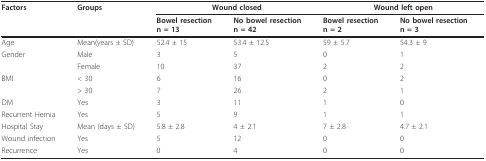
<table><thead><tr><td><b>Factors</b></td><td><b>Groups</b></td><td colspan="2"><b>Wound closed</b></td><td colspan="2"><b>Wound left open</b></td></tr><tr><td></td><td></td><td><b>Bowel resectionn = 13</b></td><td><b>No bowel resectionn = 42</b></td><td><b>Bowel resectionn = 2</b></td><td><b>No bowel resectionn = 3</b></td></tr></thead><tbody><tr><td>Age</td><td>Mean(years ± SD)</td><td>52.4 ± 15</td><td>53.4 ± 12.5</td><td>59 ± 5.7</td><td>54.3 ± 9</td></tr><tr><td>Gender</td><td>Male</td><td>3</td><td>5</td><td>0</td><td>1</td></tr><tr><td></td><td>Female</td><td>10</td><td>37</td><td>2</td><td>2</td></tr><tr><td>BMI</td><td>&lt; 30</td><td>6</td><td>16</td><td>0</td><td>2</td></tr><tr><td></td><td>&gt; 30</td><td>7</td><td>26</td><td>2</td><td>1</td></tr><tr><td>DM</td><td>Yes</td><td>3</td><td>11</td><td>1</td><td>0</td></tr><tr><td>Recurrent Hernia</td><td>Yes</td><td>5</td><td>9</td><td>1</td><td>1</td></tr><tr><td>Hospital Stay</td><td>Mean (days ± SD)</td><td>5.8 ± 2.8</td><td>4 ± 2.1</td><td>7 ± 2.8</td><td>4.7 ± 2.1</td></tr><tr><td>Wound infection</td><td>Yes</td><td>5</td><td>12</td><td>0</td><td>0</td></tr><tr><td>Recurrence</td><td>Yes</td><td>0</td><td>4</td><td>0</td><td>0</td></tr></tbody></table>